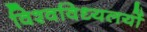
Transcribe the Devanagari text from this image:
विश्वविध्यलयों